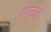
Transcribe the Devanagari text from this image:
दबाइयों